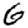
Digit: 6